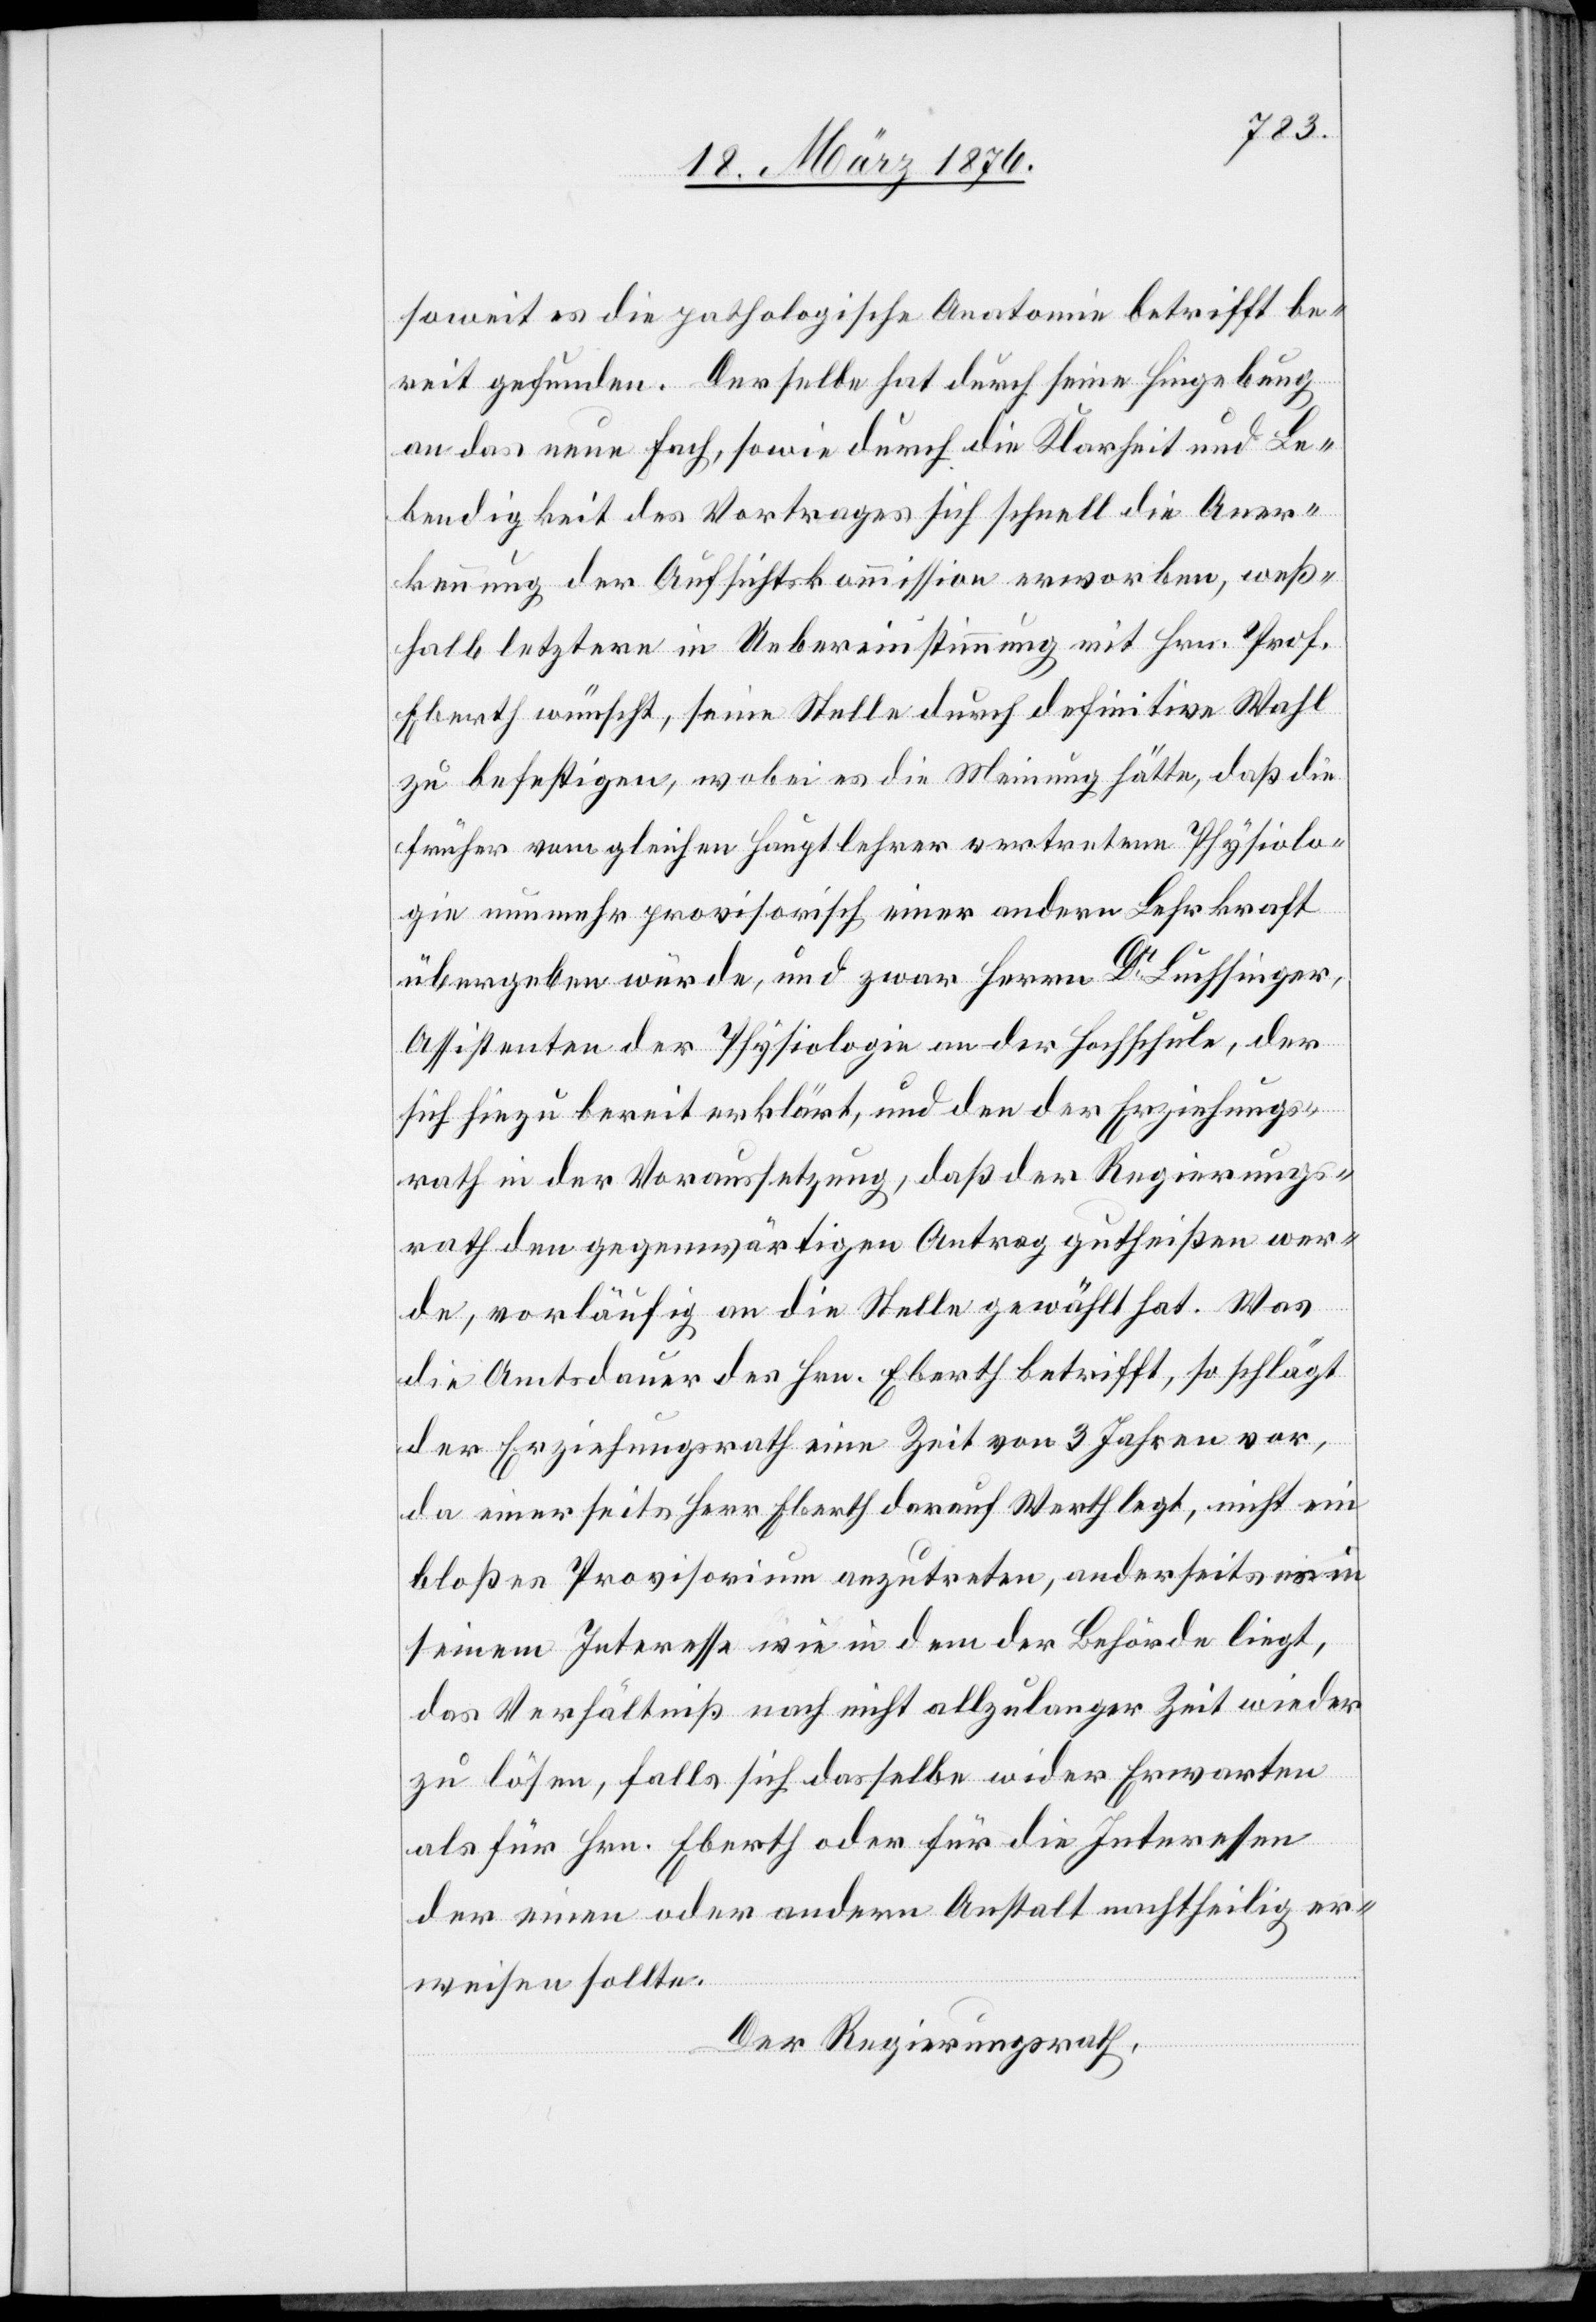
soweit es die pathologische Anatomie betrifft be¬
reit gefunden. Derselbe hat durch seine Hingebung
an das neue Fach, sowie durch die Klarheit und Le¬
bendigkeit des Vortrages sich schnell die Aner¬
kennung der Aufsichtskommission erworben, weß¬
halb letztere in Uebereinstimmung mit Hrn. Prof.
Eberth wünscht, seine Stelle durch definitive Wahl
zu befestigen, wobei es die Meinung hätte, daß die
früher vom gleichen Hauptlehrer vertretene Physiolo¬
gie nunmehr provisorisch einer andern Lehrkraft
übergeben würde, und zwar Herrn Dr Luchsinger,
Assistenten der Physiologie an der Hochschule, der
sich hiezu bereit erklärt, und den der Erziehungs¬
rath in den Voraussetzung, daß der Regierungs¬
rath den gegenwärtigen Antrag gutheißen wer¬
de, vorläufig an die Stelle gewählt hat. Was
die Amtsdauer des Hrn. Eberth betrifft, so schlägt
der Erziehungsrath eine Zeit von 3 Jahren vor,
da einerseits Herr Eberth darauf Werth legt, nicht im
bloßen Provisorium anzutreten, anderseits es in
seinem Interesse wie in dem der Behörde liegt,
das Verhältniß nach nicht allzulanger Zeit wieder
zu lösen, falls sich dasselbe wider Erwarten
der einen oder andern Anstalt nachtheilig er¬
weisen sollte.
Der Regierungsrath,